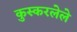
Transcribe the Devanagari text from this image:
कुस्करलेले